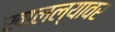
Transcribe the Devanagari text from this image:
खालल्यावर